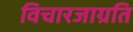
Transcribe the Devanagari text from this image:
विचारजाग्रति